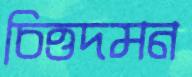
চিত্তদমন